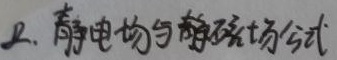
静电场与静磁场公式